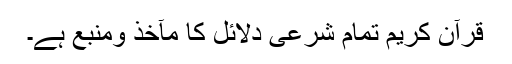
قرآن کریم تمام شرعی دلائل کا مآخذ ومنبع ہے۔